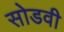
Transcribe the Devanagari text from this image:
सोडवी